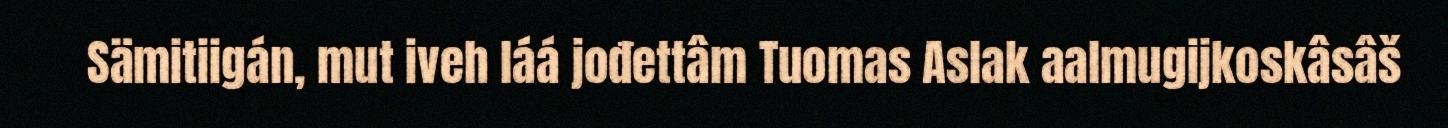
Sämitiigán, mut iveh láá jođettâm Tuomas Aslak aalmugijkoskâsâš